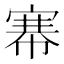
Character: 𢄏